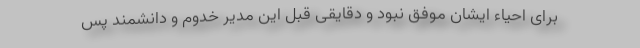
برای احیاء ایشان موفق نبود و دقایقی قبل این مدیر خدوم و دانشمند پس